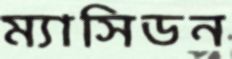
ম্যাসিডন